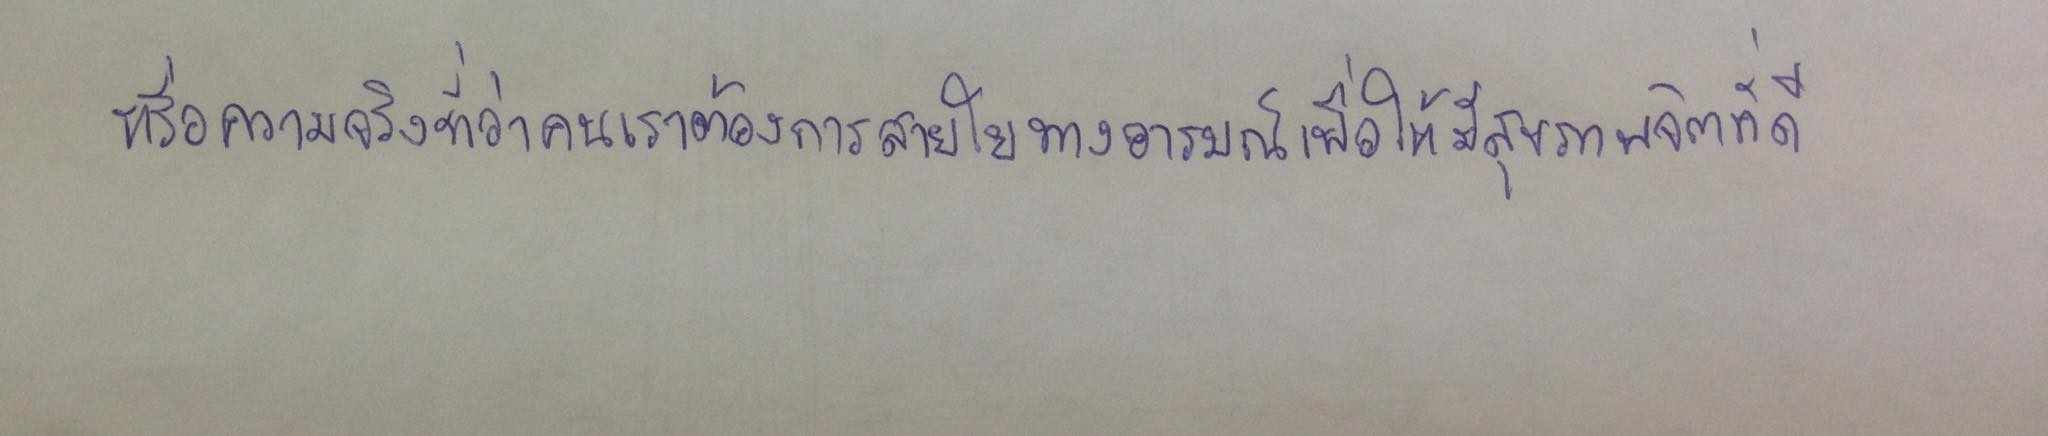
หรือความจริงที่ว่าคนเราต้องการสายใยทางอารมณ์เพื่อให้มีสุขภาพจิตที่ดี